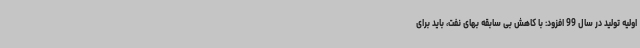
اولیه تولید در سال 99 افزود: با کاهش بی سابقه بهای نفت، باید برای